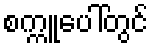
စက္ကူပေါ်တွင်